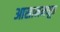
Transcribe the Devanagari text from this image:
आसाममधून